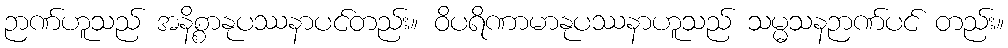
ဉာဏ်ဟူသည် အနိစ္စာနုပဿနာပင်တည်း။ ဝိပရိဏာမာနုပဿနာဟူသည် သမ္မသနဉာဏ်ပင် တည်း။